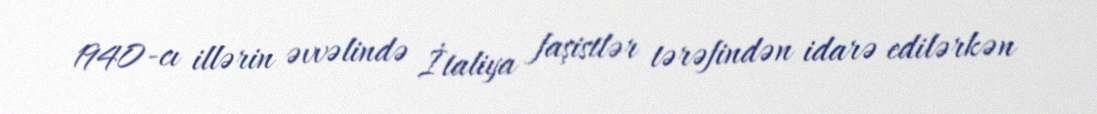
1940-cı illərin əvvəlində İtaliya faşistlər tərəfindən idarə edilərkən